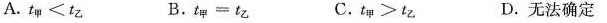
A.t_{甲}< t _{乙} B.t_{甲}=t_{乙} C.t_{甲}> t _{乙} D.无法确定